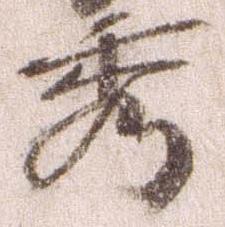
秀